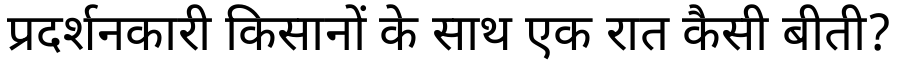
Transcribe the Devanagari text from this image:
प्रदर्शनकारी किसानों के साथ एक रात कैसी बीती?